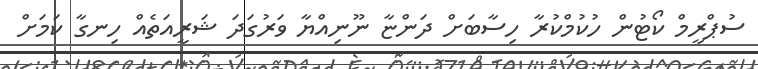
ސުޕްރީމް ކޯޓުން ހުކުމްކުރާ ހިސާބަށް ދަންޏާ ނޫނިއްޔާ ވަރުގަދަ ޝަރީއަތެއް ހިނގާ ކަމަށް